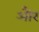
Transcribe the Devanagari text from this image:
ओेैर